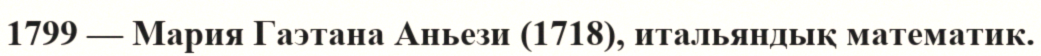
1799 — Мария Гаэтана Аньези (1718), итальяндық математик.